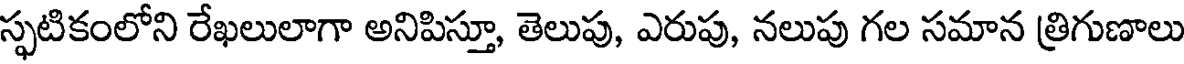
స్ఫటికంలోని రేఖలులాగా అనిపిస్తూ, తెలుపు, ఎరుపు, నలుపు గల సమాన త్రిగుణాలు